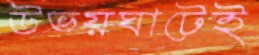
উভয়ঘাটেই